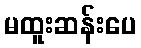
မထူးဆန်းပေ